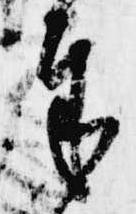
奉